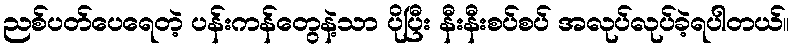
ညစ်ပတ်ပေရေတဲ့ ပန်းကန်တွေနဲ့သာ ပိုပြီး နီးနီးစပ်စပ် အလုပ်လုပ်ခဲ့ရပါတယ်။